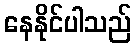
နေနိုင်ပါသည်